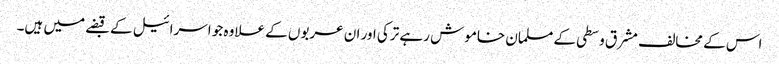
اس کے مخالف مشرق وسطی کے مسلمان خاموش رہے ترکی اور ان عربوں کے علاوہ جو اسرائیل کے قبضے میں ہیں۔